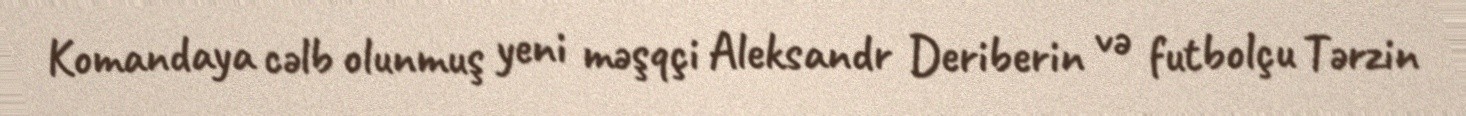
Komandaya cəlb olunmuş yeni məşqçi Aleksandr Deriberin və futbolçu Tərzin